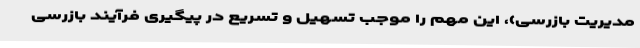
مدیریت بازرسی)، این مهم را موجب تسهیل و تسریع در پیگیری فرآیند بازرسی